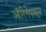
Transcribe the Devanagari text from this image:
ऑरिगेपासून